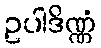
ဥပါဒိဏ္ဏံ